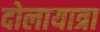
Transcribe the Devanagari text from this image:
दोलायात्रा